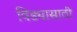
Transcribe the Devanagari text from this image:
विड्यासाठी